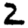
Digit: 2